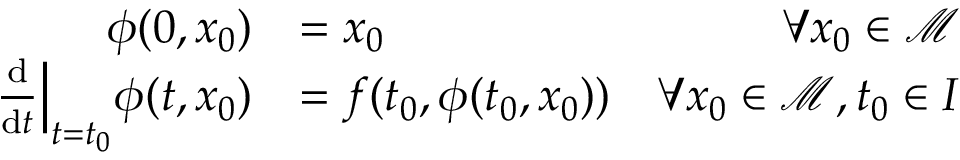
{ \begin{array} { r l r } { \phi ( 0 , x _ { 0 } ) } & { = x _ { 0 } } & { \forall x _ { 0 } \in { \mathcal { M } } } \\ { { \frac { \mathrm { d } } { \mathrm { d } t } } { \Big | } _ { t = t _ { 0 } } \phi ( t , x _ { 0 } ) } & { = f ( t _ { 0 } , \phi ( t _ { 0 } , x _ { 0 } ) ) } & { \forall x _ { 0 } \in { \mathcal { M } } , t _ { 0 } \in I } \end{array} }